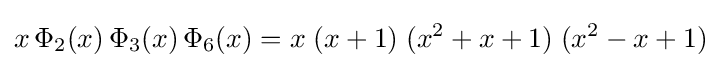
x\,\Phi _{2}(x)\,\Phi _{3}(x)\,\Phi _{6}(x)=x\;(x+1)\;(x^{2}+x+1)\;(x^{2}-x+1)